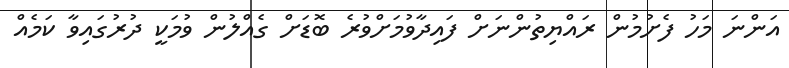
އަންނަ މަހު ފެށުމުން ރައްޔިތުންނަށް ފައިދާވުމަށްވުރެ ބޮޑަށް ގެއްލުން ވުމަކީ ދުރުގައިވާ ކަމެއް